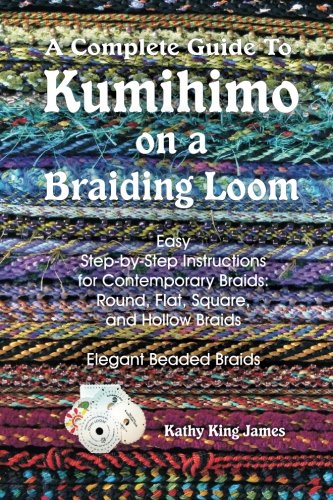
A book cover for A Complete Guide To Kumihimo On A Braiding Loom: Round, Flat, Square, Hollow, And Beaded Braids And Necklaces; Kathy King James; Crafts, Hobbies & Home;